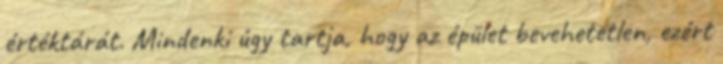
értéktárát. Mindenki úgy tartja, hogy az épület bevehetetlen, ezért